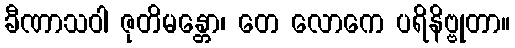
ခီဏာသဝါ ဇုတိမန္တော၊ တေ လောကေ ပရိနိဗ္ဗုတာ။